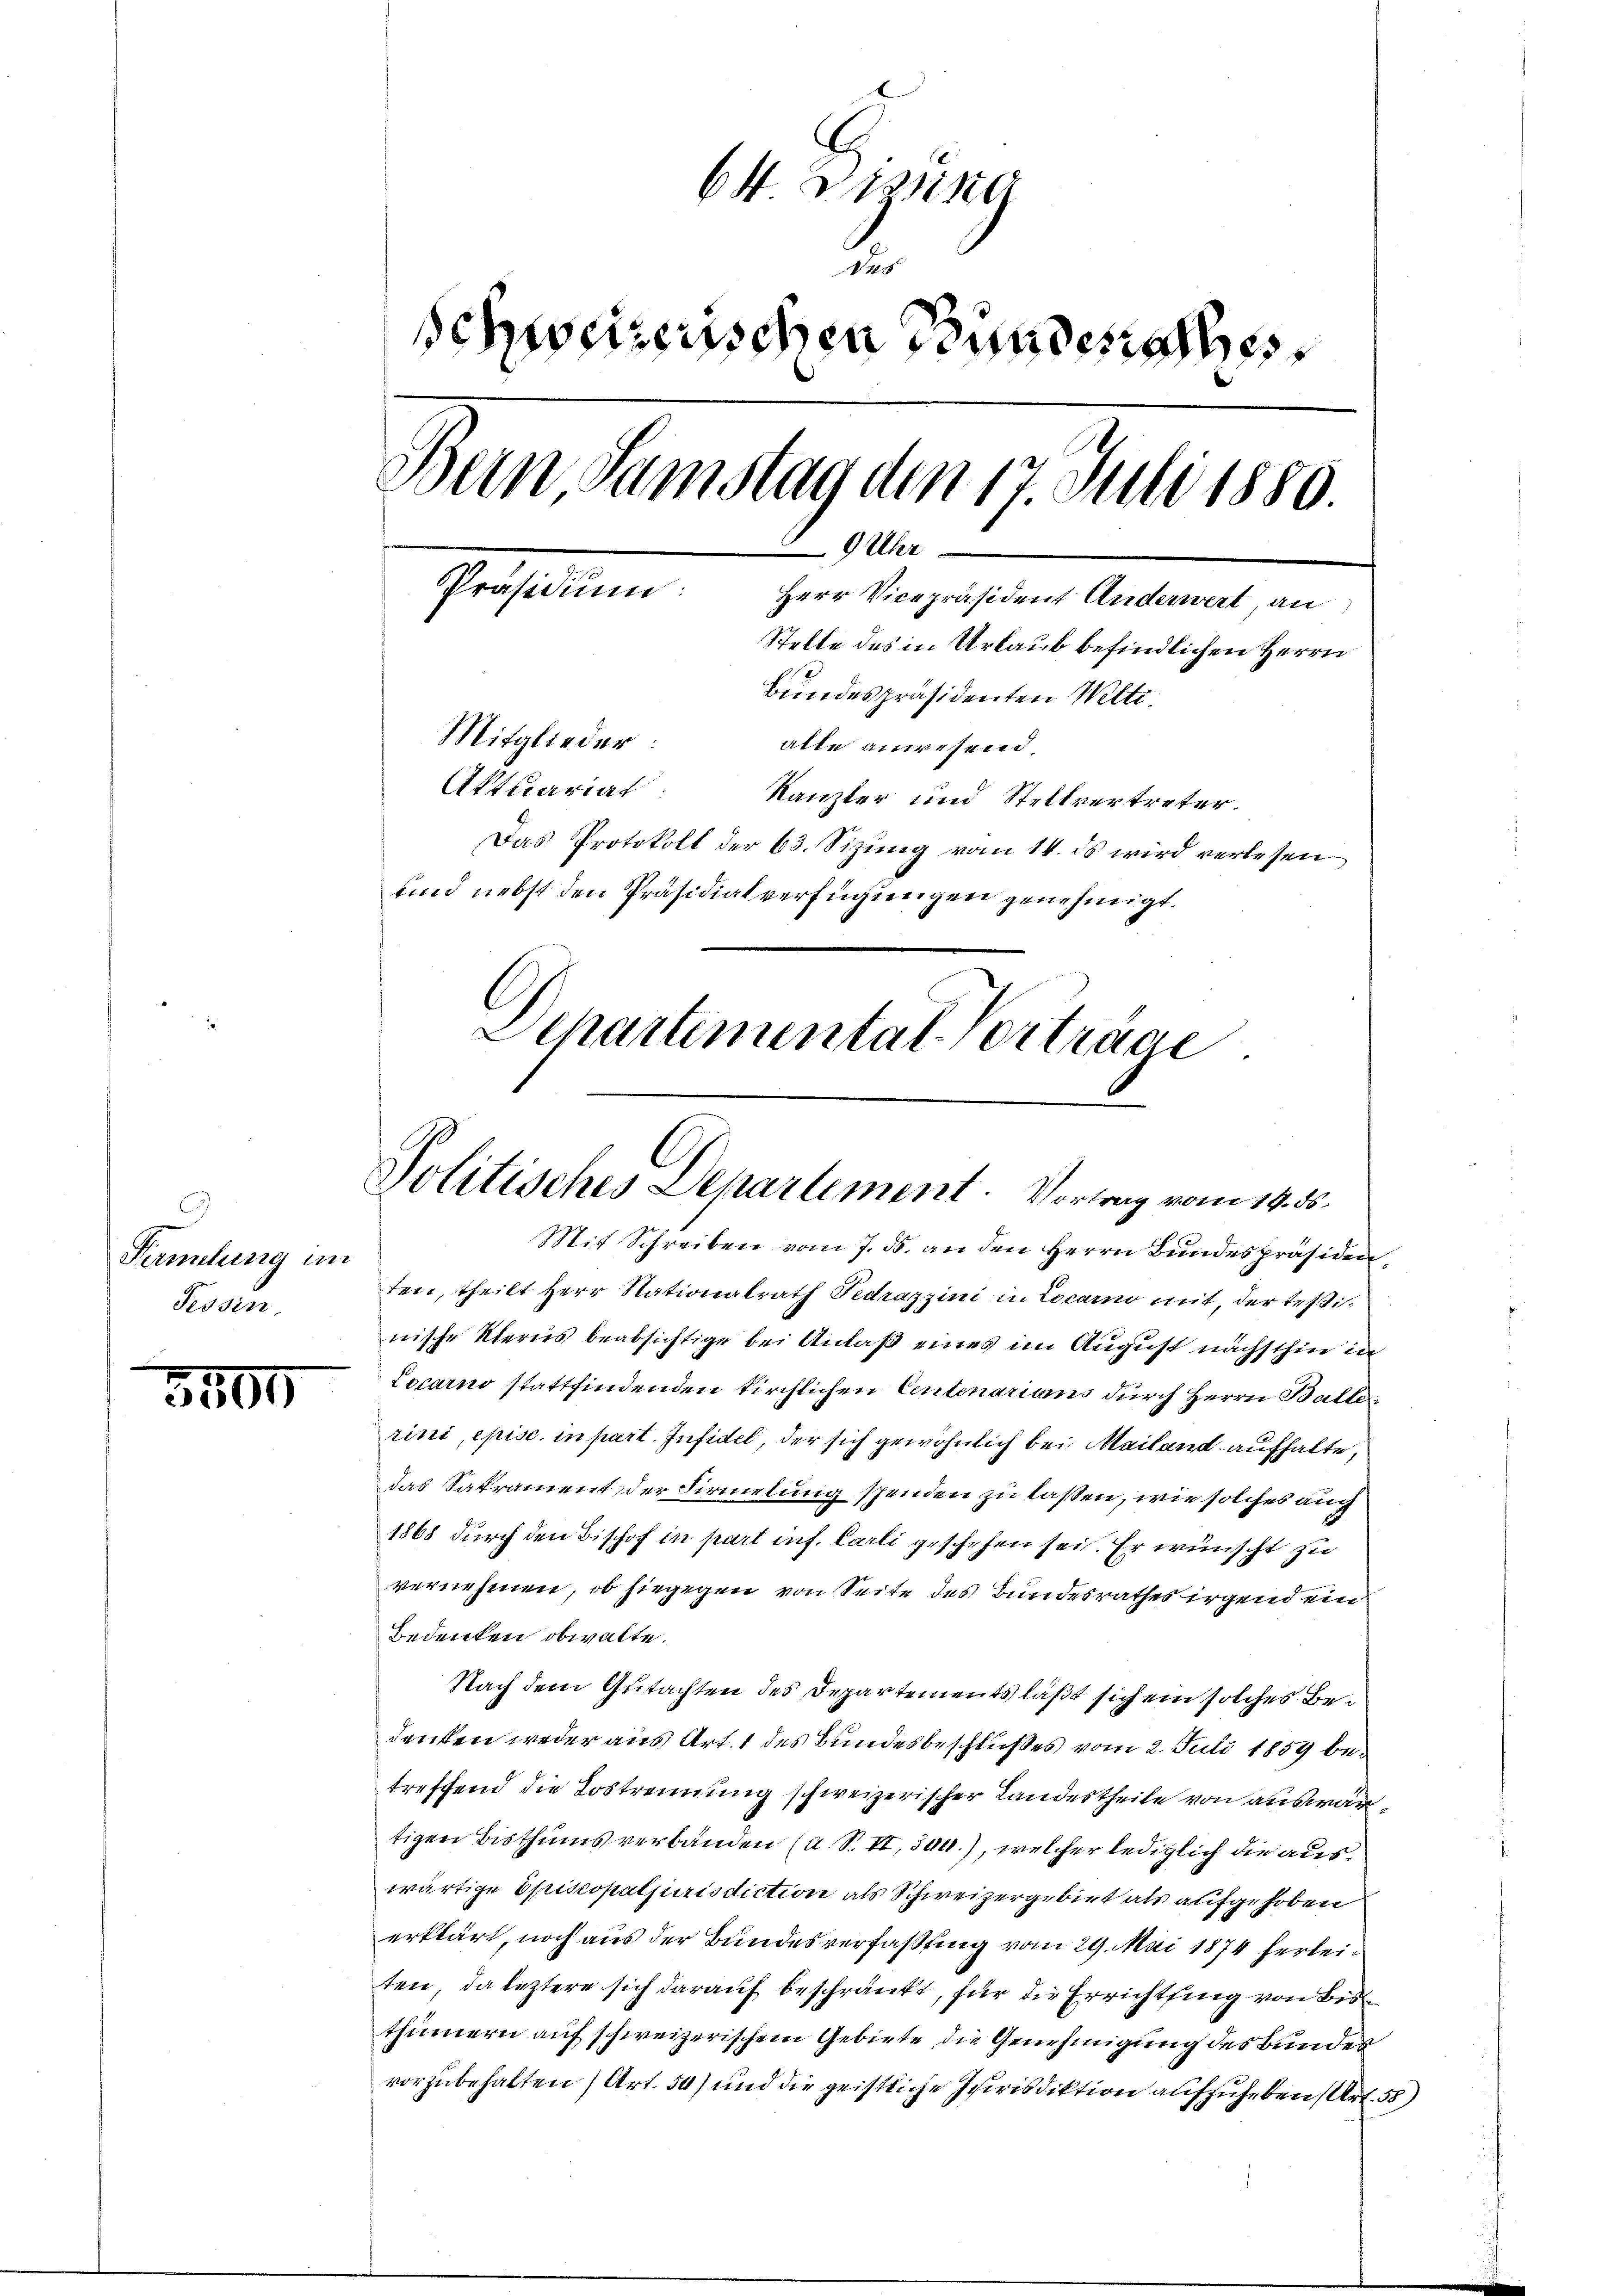
Parmelung im
Tessin,

3565

64 Wissing
de
schweizerischen Bundensches
Bein Samstag den 17. Juli 1880.
9 Uhr
Präsidium:
Herr Vicepräsident Anderwert an
Stelle des in Urlaub befindlichen Herrn
Bundespräsidenten Welti.
Mitglieder:
alle anwesend
Aktuariat
Kanzler und Stellvertreter.
Das Protokoll der 63. Sizung vom 14. ds wird verlesen¬
und nebst den Präsidialverfügungen genehmigt.
Dchartemental-Vorträge.

Politisches Departement. Vortrag vom 14. ds.

Mit Schreiben vom 7. ds. an den Herrn Bundespräsiden,
ten, theilt Herr Nationalrath Fedrazzini in Locarno mit, der Teßinische Sterns beabsichtige bei Anlaß eines im August nächsthin in
Locarno stattfindenden kirchlichen Eintenariums durch Herrn Balle
rini, episc. in part. Infidel, der sich gewöhnlich bei Mailand aufhalte,
das Sakrament der Firmelung spenden zu laßen, wie solches auch
1868 durch den Bischof in part inf. Carli geschehen sei. Er wünscht zu
vernehmen, ob hiegegen von Seite des Bundesrathes irgend ein
Bedenken obwalte.
Nach dem Gutachten des Departements läßt sich ein solches Bedenken weder aus Art. 1 des Bundesbeschlußes vom 2. Juli 1859 betreffend die Lostrennung schweizerischer Landestheile von auswärtigen Bisthums verbänden (a. S. II, 304.), welcher lediglich die auswärtige Episcopaljurisdiction als Schweizergebiet als aufgehoben
erklärt, noch aus der Bundesverfassung vom 29. Mai 1874 herleiten, da leztere sich darauf beschränkt, für die Errichtung von Bisthümern auf schweizerischem Gebiete die Genehmigung des Bundes
vorzubehalten) Art. 50) und die geistliche Jurisdiktion aufzuheben (Art. 55)